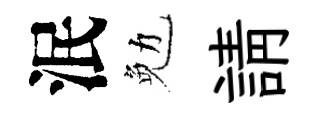
泯勉請